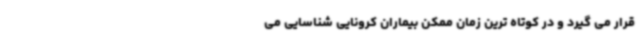
قرار می گیرد و در کوتاه ترین زمان ممکن بیماران کرونایی شناسایی می